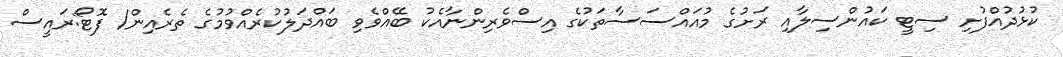
ކުޅުދުއްފުށި ސިޓީ ކައުންސިލާއި ރަށުގެ މުއައްސަސާތަކުގެ އިސްވެރިންނާއެކު ބޭއްވެވި ބައްދަލުކުރެއްވުމުގެ ތެރެއިން/ ފޮޓޯ:ރައީސް